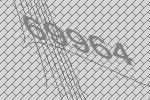
69964